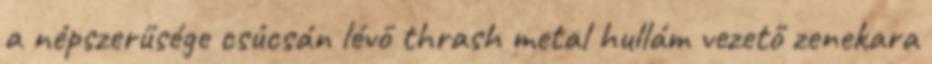
a népszerűsége csúcsán lévő thrash metal hullám vezető zenekara